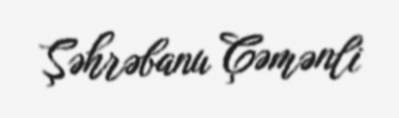
Şəhrəbanu Çəmənli